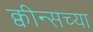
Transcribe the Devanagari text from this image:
क्वीन्सच्या